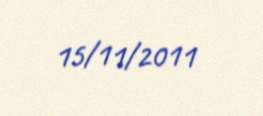
15/11/2011